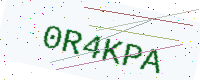
Text: 0R4KPA